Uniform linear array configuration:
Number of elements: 24
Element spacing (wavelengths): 0.5
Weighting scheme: binomial
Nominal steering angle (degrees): -15
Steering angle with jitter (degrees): -13.574
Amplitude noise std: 0.05
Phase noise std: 0.05

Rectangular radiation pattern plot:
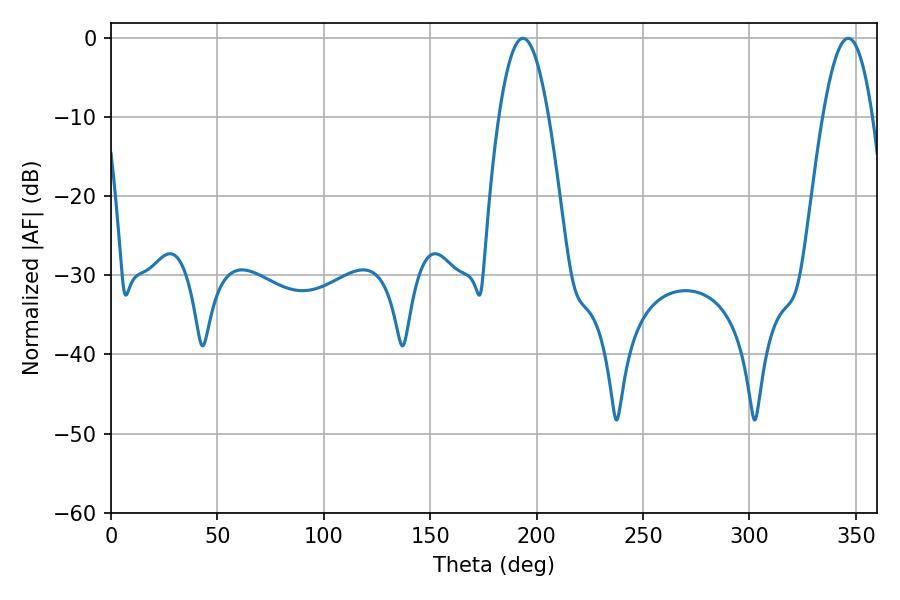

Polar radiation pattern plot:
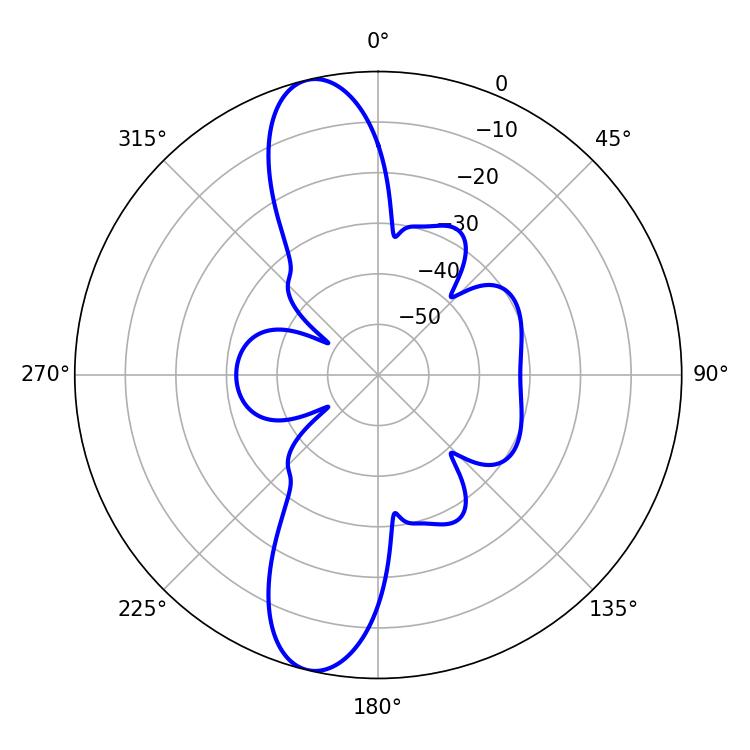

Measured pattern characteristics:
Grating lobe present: FALSE
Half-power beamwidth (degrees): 12.6
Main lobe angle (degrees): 193.5